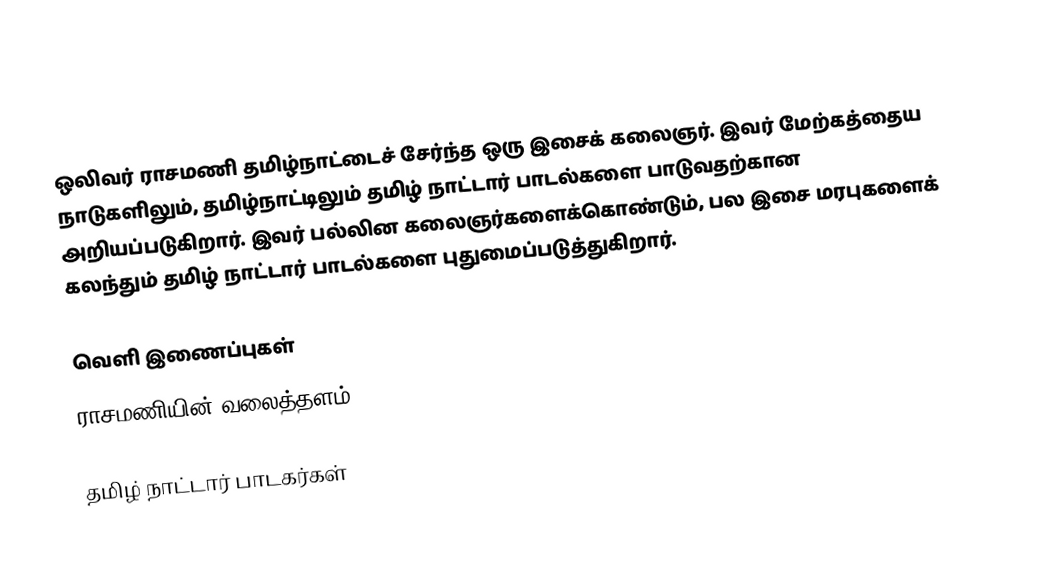
ஒலிவர் ராசமணி தமிழ்நாட்டைச் சேர்ந்த ஒரு இசைக் கலைஞர். இவர் மேற்கத்தைய நாடுகளிலும், தமிழ்நாட்டிலும் தமிழ் நாட்டார் பாடல்களை பாடுவதற்கான அறியப்படுகிறார். இவர் பல்லின கலைஞர்களைக்கொண்டும், பல இசை மரபுகளைக் கலந்தும் தமிழ் நாட்டார் பாடல்களை புதுமைப்படுத்துகிறார்.

வெளி இணைப்புகள்
 ராசமணியின் வலைத்தளம்

தமிழ் நாட்டார் பாடகர்கள்